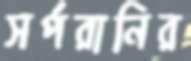
সর্পরানির